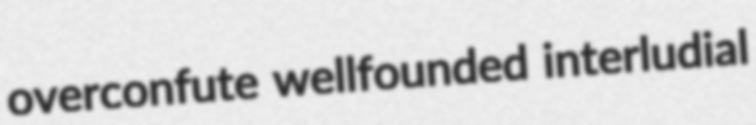
overconfute wellfounded interludial